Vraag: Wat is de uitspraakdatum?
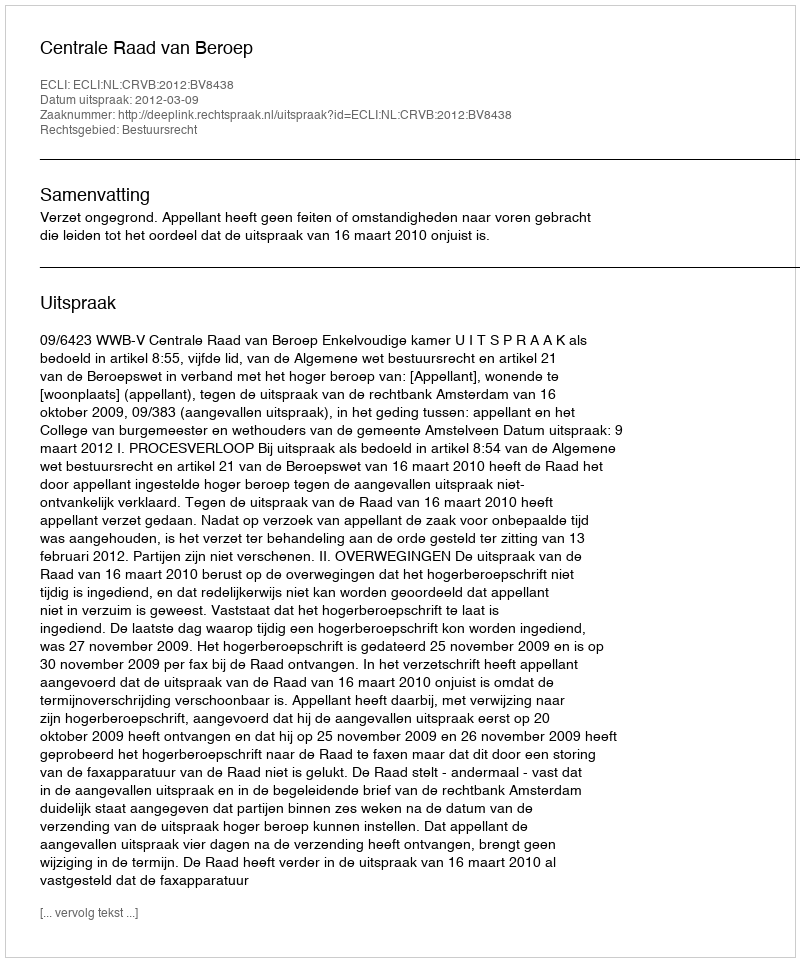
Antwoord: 2012-03-09